Lunatic asylums Punjab 1881-1894 - 1881-1894
Year: 1881
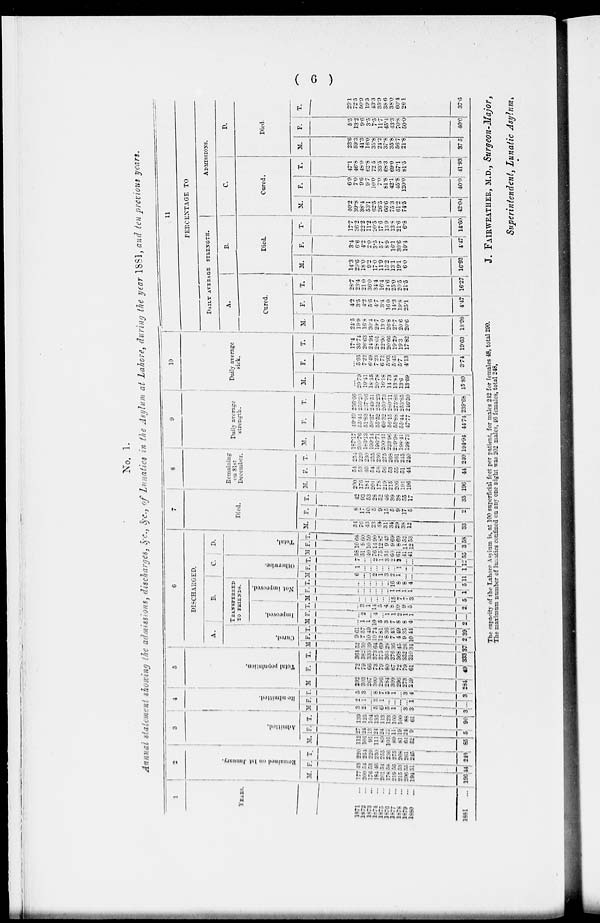
(6)
No. 1.
Annul
statement showing the admissions, discharges, &c.,&c., of lunatics
in the Asylum at Lahore, during the year 1881, and ten previous
years.
1
YEARS.
1871
...
1872 ...
1873 ...
1874 ...
1875 ...
1876 ...
1877 ...
1878 ...
1879 ...
1880
...
1881 ...
2
Remained on 1st J anuar y.
M.
177
200
176
184
201
176
219
215
206
191
196
F.
43
54
53
46
54
56
56
53
55
51
44
T.
220
254
229
230
255
236
275
268
261
245
249
3
Admi t
t
e d.
M.
112
101
91
111 69
101
89
81
64
52
85
F.
27
24
13
24
24
32
11
19
24
9
5
T.
139
125
104
135
113
123
100
100
88
61
90
4
Re-admitted.
M.
3
2
...
5
6
5
1
...
3
3
3
F.
2
1
...
3
1
...
...
... ...
l
...
T.
5
3
...
8
7
5
1
...
3
4
3
5
Tot al population.
M.
292
303
267
300
296
284
309
296
273
249
284
F.
72
79
66
73
79
80
67
72
79
61
49
T.
364
382
333
373
375
364
376
363
352
310
333
6
DISCHARGED.
A.
Cured.
M.
52
50
39
64
69
28
36
45
26
34
37
F.
9
7
10
10
12
8
7
4
9
10
2
T.
61
57
49
74
81
36
43
49
35
44
39
B
TRANSFERRED
TO
FRIENDS.
Improved.
M.
...
1
1
10
5
3
7
8
8
4
2
F.
...
2
... 4
...
1
1
1
1
1
...
T.
...
3
1 14
5
4
8
10
9
5
2
Not Improved.
M.
...
...
...
...
...
...
15 7
7
3
5
F.
...
...
...
...
...
...
1
1
l
1
1
T.
...
...
...
...
...
...
16
8
8
4
5
C.
Otherwise.
M.
6
...
...
2
1
3
2
1
...
...
11
F.
1
...
...
...
...
...
...
1 ...
...
1
T.
7
...
...
2
1
3
2
2
...
...
12
D.
Total.
M.
58
51
40
76
75
34
60
61
41
41
55
F.
10
9
10
14
12
9
9
8
11
12
3
T.
68
60
50
90
87
43
69
69
52
53
58
7
Died.
M.
34
76
43
23
43
31
34
29
38
12
33
F.
8
17
10
5
9
15
5
9
17
5
2
T.
42
93
53
28
52
46
39
38
55
17
35
8
Remaining
on 31st
December.
M.
200
176
184
201
178
219
215
206
194
196
196
F.
54
53
46
54
58
56
53
55
51
44
44
T.
254
229
230
255
236
275
268
261
245
240
240
9
Daily average
strength.
M.
187.17
200.76
l86.13
199.14
196.71
200.41
223.96
219.98
198.4l
198.73
194.94
F.
49.49
55.44
51.83
50.37
55.52
60.32
56.15
55.88
55.44
47.77
44.74
T.
236.66
256.20
237.96
249.51
252.23
260.73
280.11
275.86
253.85
246.50
239.68
10
Daily average
sick.
M.
...
29.79
19.41
18.45
20.78
16.18
14.73
13.84
13.6
13.69
15.89
F.
...
5.95
7.22
6.49
7.23
6.72
5.93
5.45
5.7
4.13
3.74
T.
17.4
35.74
26.63
24.94
28.01
22.90
20.66
19.29
19.3
17.82
19.63
11
PERCENTAGE TO
DAILY AVERAGE STRENGTH.
A.
Cured.
M.
24.5
19.9
16.8
30.4
29.7
13.0
26.8
27.7
20.6
20.6
18.98
F.
4.2
3.5
4.2
5.6
4.7
3.4
16.0
14.3
19.8
25.1
4.47
T.
28.7
23.4
21.0
36.0
34.4
16.4
246
25.0
20.5
21.5
16.27
B.
Died.
M.
14.3
29.6
18.0
9.2
17.0
11.9
15.2
13.1
19.1
6.0
16.92
F.
3.4
6.6
4.2
2.0
3.5
5.7
8.9
16.1
30.6
10.4
4.47
T.
17.7
36.2
22.2
11.2
20.5
17.6
13.9
13.8
21.6
6.8
14.60
ADMISSIONS.
C.
Cured.
M.
40.2
39.8
38.4
53.1
62.5
26.5
66.6
75.3
61.2
74.5
42.04
F.
6.9
7.0
9.6
9.7
10.0
7.0
81.8
42.1
45.8
120.0
40.0
T.
47.1
46.8
48.0
62.8
72.5
33.5
68.3
69.0
57.1
81.5
41.93
D.
Died.
M.
23.6
59.3
41.3
16.0
35.8
24.2
37.8
35.8
56.7
21.8
37.5
F.
5.5
13.2
9.6
3.5
7.5
11.7
45.4
43.3
70.8
50.0
40.0
T.
29.1
72.5
50.9
19.5
43.3
35.9
38.6
38.0
60.4
26.1
37.6
The Capacity of the Lahore Asylum is, at 100 superficial feet per patient, for males 242 for females 48. total 290.
The maximum number of lunatics confined on any one night was 202 males, 46 females, total 248,
J. FAIRWEATHER, M.D., Surgeon-Major,
Superintendent,
Lunatic
Asylum.